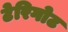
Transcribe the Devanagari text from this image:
टेरिगोट